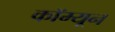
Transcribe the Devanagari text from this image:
कॉम्यून